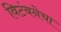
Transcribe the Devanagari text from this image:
विटंबनेचा